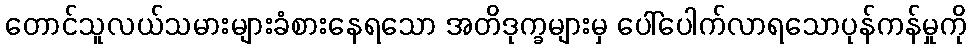
တောင်သူလယ်သမားများခံစားနေရသော အတိဒုက္ခများမှ ပေါ်ပေါက်လာရသောပုန်ကန်မှုကို